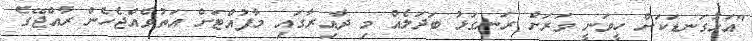
"އަޅުގަނޑަކަށް ހީވަނީ ވަރަށް ރަނގަޅު ބަދަލެއް މި ދާއިރާގައި މާފުއްޓަށް އަތުވެއްޖެހެން ރާއްޖޭގެ